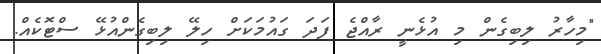
"މިހާރު ލިބިގެން މި އުޅެނީ ރާއްޖެ ފަދަ ގައުމަކަށް ހިލޭ ލިބިގެންއުޅޭ ސްޓޮކެއް.